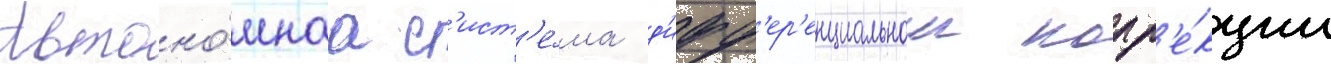
Автоно́мнаа с'ист'е́ма д'ифф'ер'енциальнои корр'е́кции